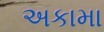
અકામા